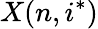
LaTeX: X(n,i^{*})